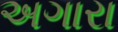
અગારા